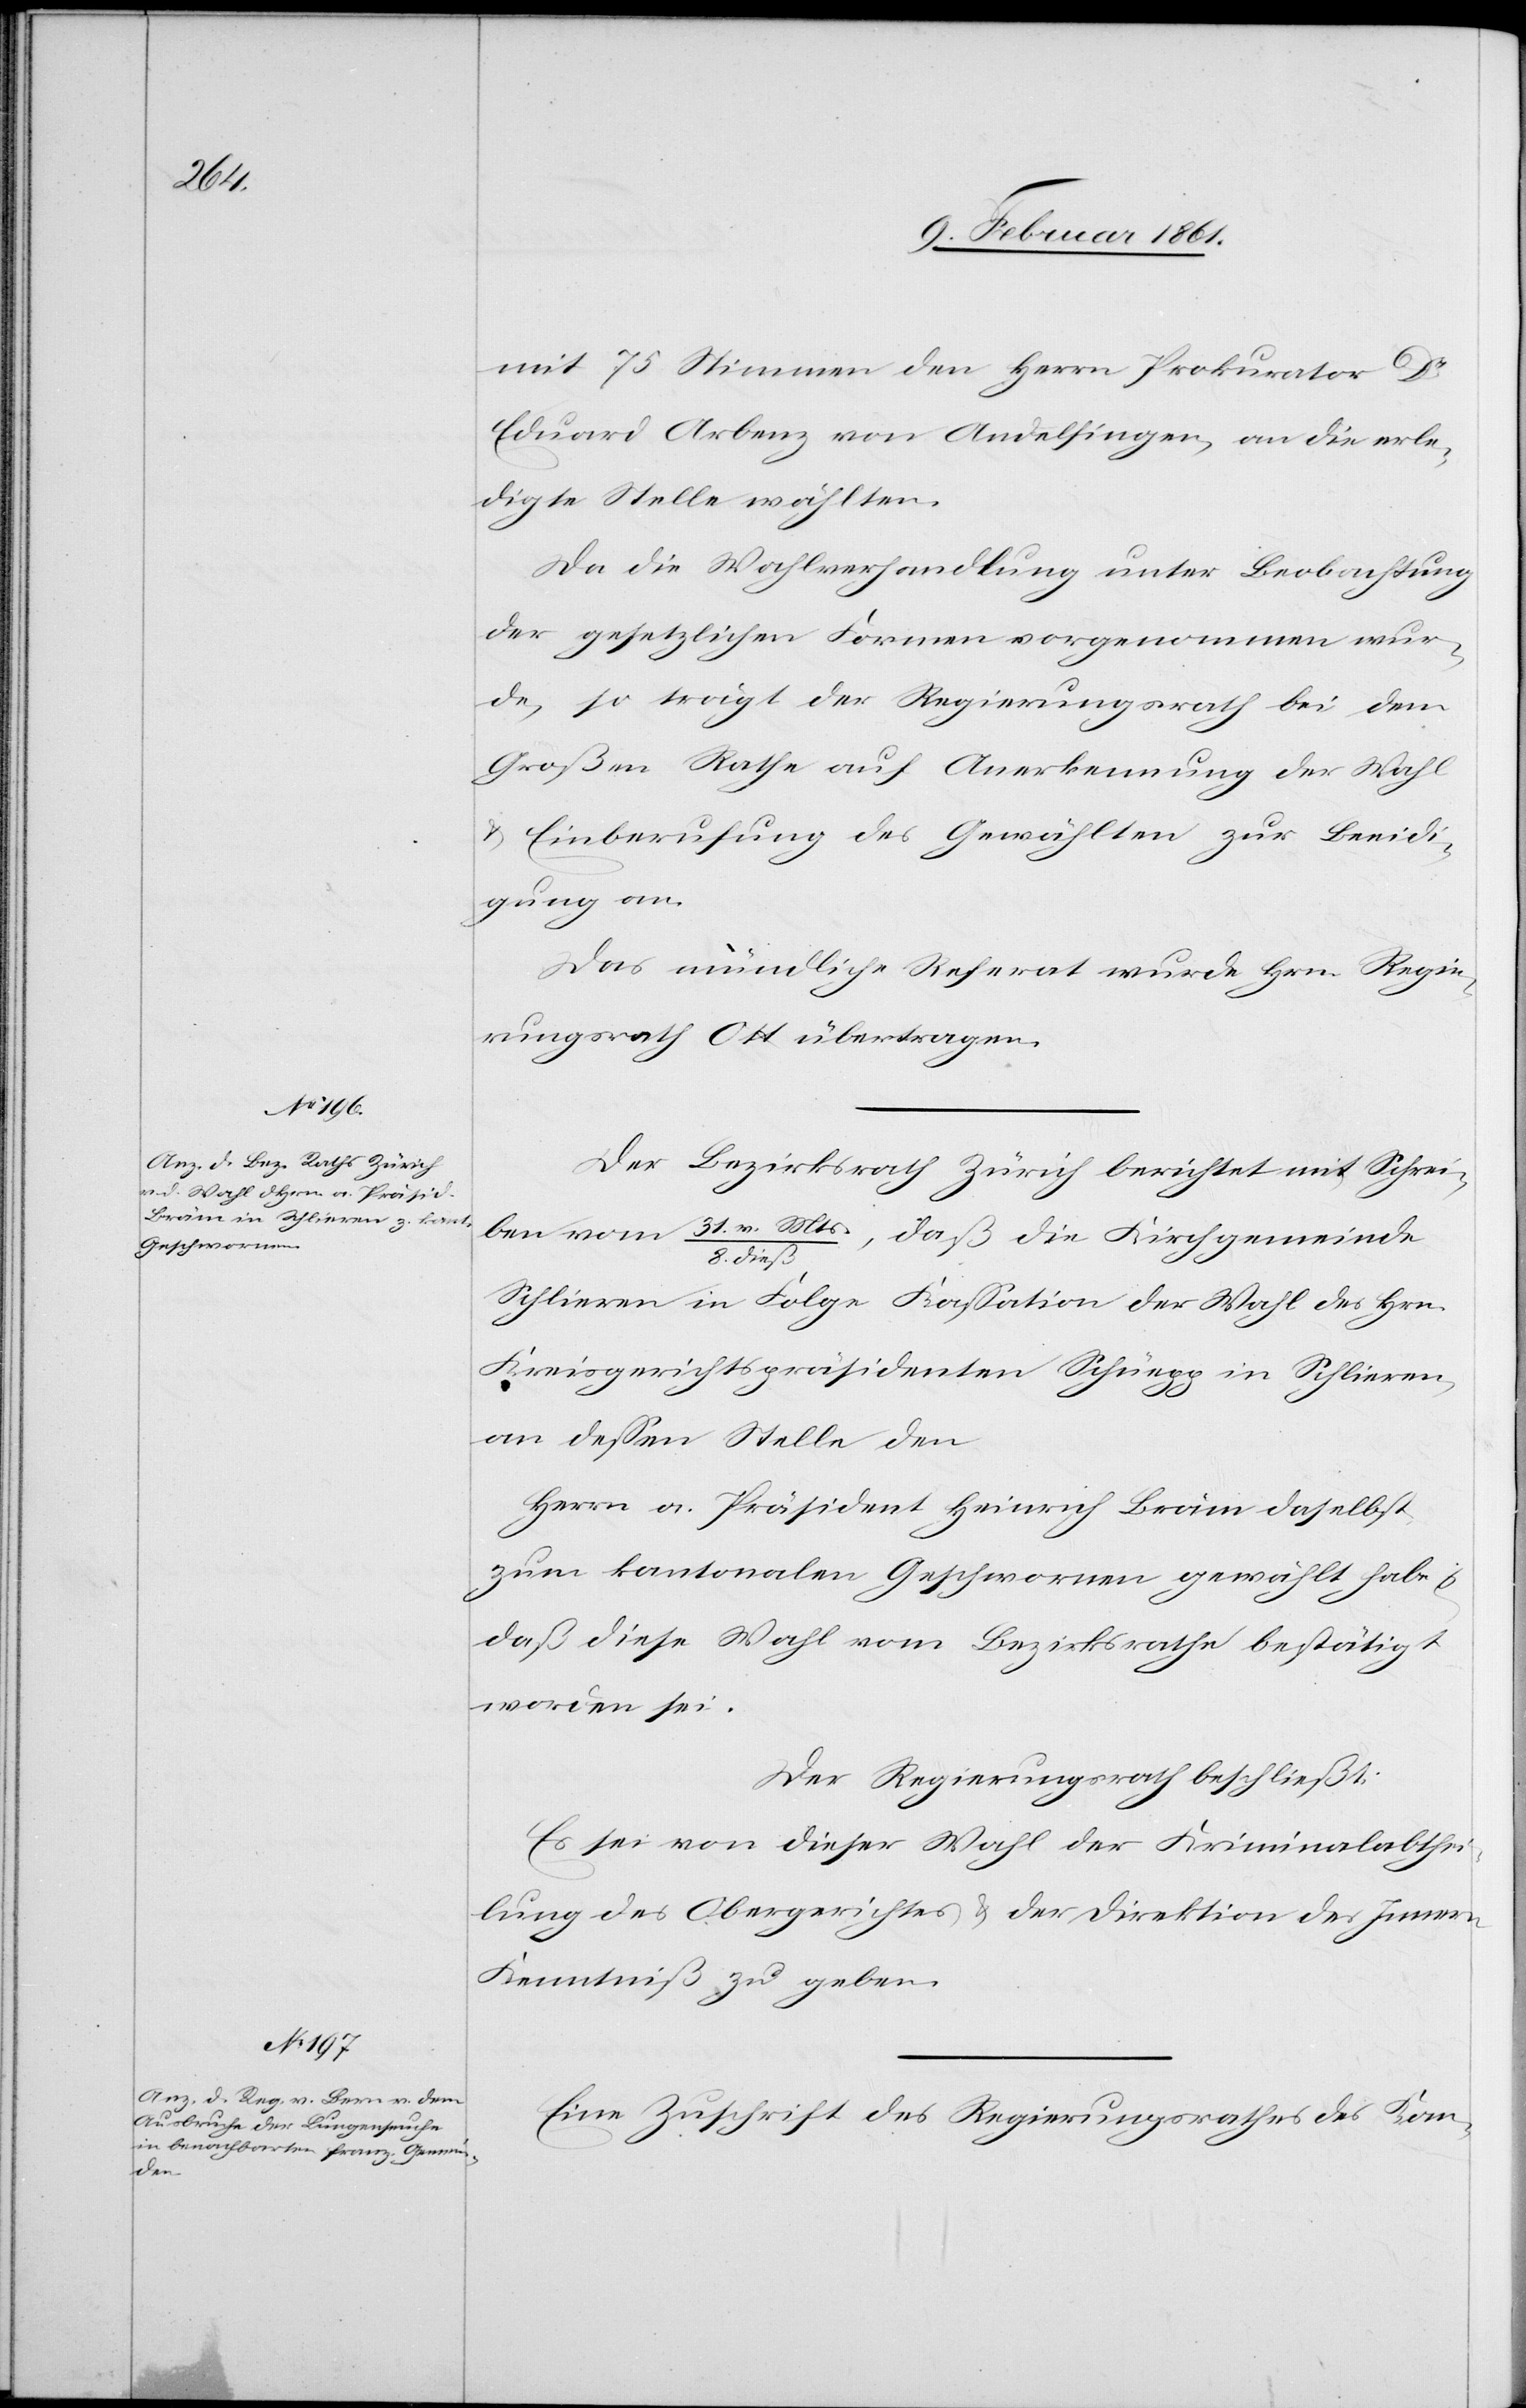
mit 75 Stimmen den Herrn Prokurator Dr.
Eduard Arbenz von Andelfingen, an die erle¬
digte Stelle wählten.
Da die Wahlverhandlung unter Beobachtung
der gesetzlichen Formen vorgenommen wur¬
de, so trägt der Regierungsrath bei dem
Großen Rathe auf Anerkennung der Wahl
u. Einberufung des Gewählten zur Beeidi¬
gung an.
Das mündliche Referat wurde Hrn. Regie¬
rungsrath Ott übertragen.
Der Bezirksrath Zürich berichtet mit Schrei¬
ben vom 31. v. Mts / 8. dieß, daß die Kirchgemeinde
Schlieren in Folge Kassation der Wahl des Hrn.
Kreisgerichtspräsidenten Schüepp in Schlieren,
an dessen Stelle den
Herrn a. Präsident Heinrich Bräm daselbst
zum kantonalen Geschwornen gewählt habe u.
daß diese Wahl vom Bezirksrathe bestätigt
worden sei.
Der Regierungsrath beschließt:
Es sei von dieser Wahl der Kriminalabthei¬
lung des Obergerichtes u. der Direktion des Innern
Kenntniß zu geben.
Eine Zuschrift des Regierungsrathes des Kan-